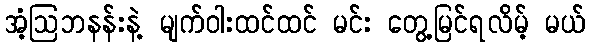
အံ့ဩဘနန်းနဲ့ မျက်ဝါးထင်ထင် မင်း တွေ့မြင်ရလိမ့် မယ်